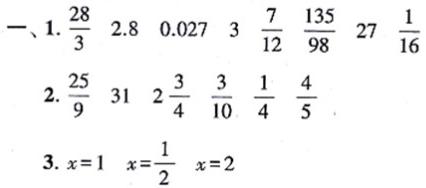
一、1. $\frac{28}{3}$ $2.8$ $0.027$ $3$ $\frac{7}{12}$ $\frac{135}{98}$ $27$ $\frac{1}{16}$
2. $\frac{25}{9}$ $31$ $2\frac{3}{4}$ $\frac{3}{10}$ $\frac{1}{4}$ $\frac{4}{5}$
3. $x = 1$ $x=\frac{1}{2}$ $x = 2$